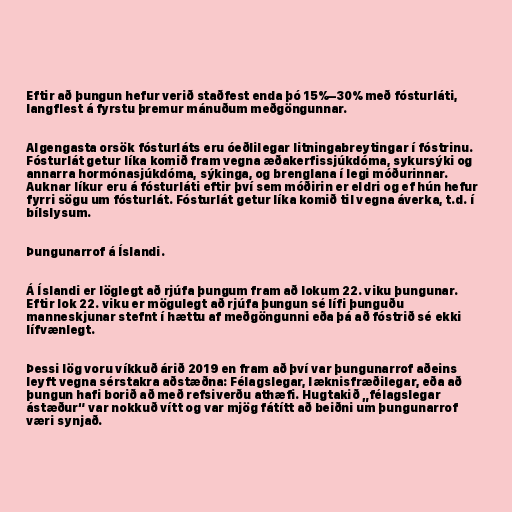
Eftir að þungun hefur verið staðfest enda þó 15%–30% með fósturláti,
langflest á fyrstu þremur mánuðum meðgöngunnar.

Algengasta orsök fósturláts eru óeðlilegar litningabreytingar í fóstrinu.
Fósturlát getur líka komið fram vegna æðakerfissjúkdóma, sykursýki og
annarra hormónasjúkdóma, sýkinga, og brenglana í legi móðurinnar.
Auknar líkur eru á fósturláti eftir því sem móðirin er eldri og ef hún hefur
fyrri sögu um fósturlát. Fósturlát getur líka komið til vegna áverka, t.d. í
bílslysum.

Þungunarrof á Íslandi.

Á Íslandi er löglegt að rjúfa þungum fram að lokum 22. viku þungunar.
Eftir lok 22. viku er mögulegt að rjúfa þungun sé lífi þunguðu
manneskjunar stefnt í hættu af meðgöngunni eða þá að fóstrið sé ekki
lífvænlegt.

Þessi lög voru víkkuð árið 2019 en fram að því var þungunarrof aðeins
leyft vegna sérstakra aðstæðna: Félagslegar, læknisfræðilegar, eða að
þungun hafi borið að með refsiverðu athæfi. Hugtakið „félagslegar
ástæður“ var nokkuð vítt og var mjög fátítt að beiðni um þungunarrof
væri synjað.